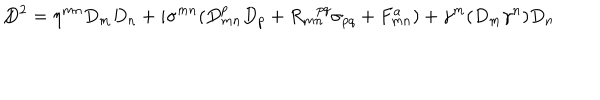
/ \hspace { - 3 m m } D ^ { 2 } = \eta ^ { m n } D _ { m } D _ { n } + i \sigma ^ { m n } ( D _ { m n } ^ { p } D _ { p } + R _ { m n } ^ { p q } \sigma _ { p q } + F _ { m n } ^ { a } ) + \gamma ^ { m } ( D _ { m } \gamma ^ { n } ) D _ { n } \,